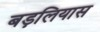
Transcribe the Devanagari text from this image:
बड़लियास